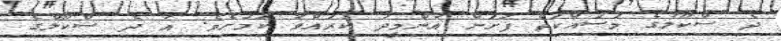
ދެ ސްކޫލުގެ މަސައްކަތް ފަށަން އުންމީދު ކުރައްވާ ކަމަށެވެ. އާ ދެ ސްކޫލްގެ